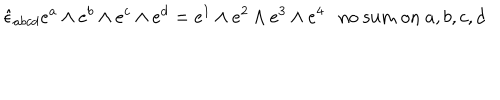
LaTeX: \hat { \epsilon } _ { a b c d } e ^ { a } \wedge e ^ { b } \wedge e ^ { c } \wedge e ^ { d } = e ^ { 1 } \wedge e ^ { 2 } \wedge e ^ { 3 } \wedge e ^ { 4 } \mathrm { n o ~ s u m ~ o n } ~ a , b , c , d